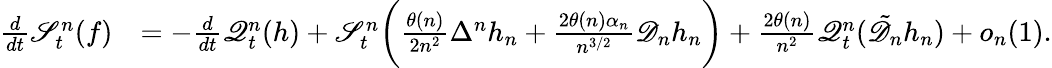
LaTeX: \begin{array}{rl}{\frac{d}{dt}\mathscr{S}_{t}^{n}(f)}&{=-\frac{d}{dt}\mathscr{Q}_{t}^{n}(h)+\mathscr{S}_{t}^{n}\bigg(\frac{\theta(n)}{2n^{2}}\Delta^{n}h_{n}+\frac{2\theta(n)\alpha_{n}}{n^{3/2}}\mathscr{D}_{n}h_{n}\bigg)+\frac{2\theta(n)}{n^{2}}\mathscr{Q}_{t}^{n}(\tilde{\mathscr{D}_{n}}h_{n})+o_{n}(1).}\end{array}